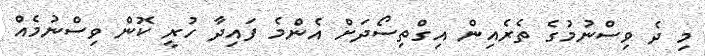
މި ދެ ވިސްނުމުގެ ތެރެއިން އިގްތިސޯދަށް އެންމެ ފައިދާ ހުރީ ކޮން ވިސްނުމެއް